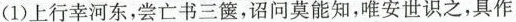
(1) 上行幸河东，尝亡书三箧，诏问莫能知，唯安世识之，具作